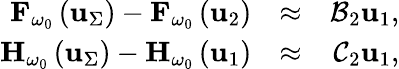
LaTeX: \begin{array}{rlr}{{\mathbf F}_{\omega_{0}}\left({\mathbf u}_{\Sigma}\right)-{\mathbf F}_{\omega_{0}}\left({\mathbf u}_{2}\right)}&{\approx}&{{\cal B}_{2}\mathbf{u}_{1},}\\ {{\mathbf H}_{\omega_{0}}\left({\mathbf u}_{\Sigma}\right)-{\mathbf H}_{\omega_{0}}\left({\mathbf u}_{1}\right)}&{\approx}&{{\cal C}_{2}\mathbf{u}_{1},}\end{array}